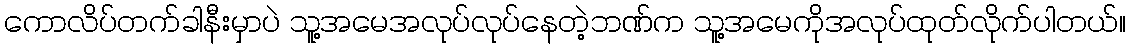
ကောလိပ်တက်ခါနီးမှာပဲ သူ့အမေအလုပ်လုပ်နေတဲ့ဘဏ်က သူ့အမေကိုအလုပ်ထုတ်လိုက်ပါတယ်။